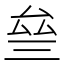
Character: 𠫰